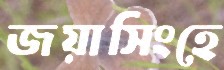
জয়াসিংহে